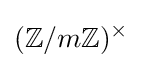
(\mathbb {Z} /m\mathbb {Z} )^{\times }